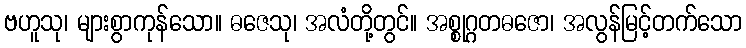
ဗဟူသု၊ များစွာကုန်သော။ ဓဇေသု၊ အလံတို့တွင်။ အစ္စုဂ္ဂတဓဇော၊ အလွန်မြင့်တက်သော